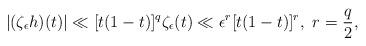
LaTeX: \begin{align*}|(\zeta_\epsilon h)(t)|\ll [t(1-t)]^q\zeta_\epsilon(t)\ll \epsilon^r [t(1-t)]^r,\ r = \frac{q}{2},\end{align*}